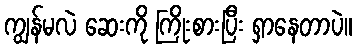
ကျွန်မလဲ ဆေးကို ကြိုးစားပြီး ရှာနေတာပဲ။